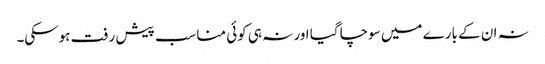
نہ ان کے بارے میں سوچا گیا اور نہ ہی کوئی مناسب پیش رفت ہوسکی۔